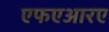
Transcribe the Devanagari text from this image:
एफएआरए